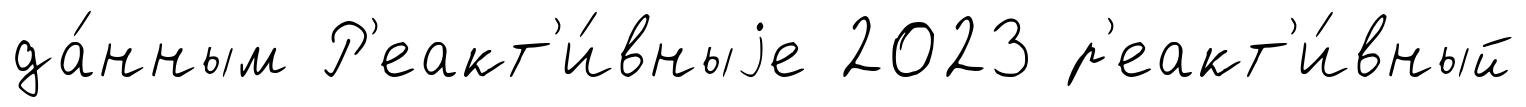
да́нным Р'еакт'и́вныjе 2023 р'еакт'и́вный